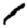
Digit: 1